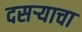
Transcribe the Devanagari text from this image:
दसऱ्याचा